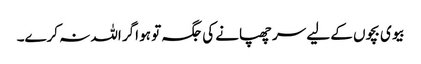
بیوی بچوں کے لیے سر چھپانے کی جگہ تو ہو اگر اللہ نہ کرے۔